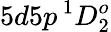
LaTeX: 5d5p\, ^{1}D_{2}^{o}